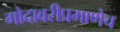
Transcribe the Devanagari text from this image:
गोदावरीप्रमाणेच